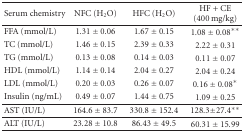
<table><thead><tr><td><b>Serum chemistry</b></td><td><b>NFC (H<sub>2</sub>O)</b></td><td><b>HFC (H<sub>2</sub>O)</b></td><td><b>HF + CE (400 mg/kg)</b></td></tr></thead><tbody><tr><td>FFA (mmol/L)</td><td>1.31 ± 0.06</td><td>1.67 ± 0.15</td><td>1.08 ± 0.08**</td></tr><tr><td>TC (mmol/L) </td><td>1.46 ± 0.15</td><td>2.39 ± 0.33</td><td>2.22 ± 0.31</td></tr><tr><td>TG (mmol/L)</td><td>0.13 ± 0.08</td><td>0.14 ± 0.03</td><td>0.11 ± 0.07</td></tr><tr><td>HDL (mmol/L)</td><td>1.14 ± 0.14</td><td>2.04 ± 0.27</td><td>2.04 ± 0.24</td></tr><tr><td>LDL (mmol/L)</td><td>0.20 ± 0.03</td><td>0.26 ± 0.07</td><td>0.16 ± 0.08*</td></tr><tr><td>Insulin (ng/mL)</td><td>0.49 ± 0.07</td><td>1.44 ± 0.75</td><td>1.09 ± 0.25</td></tr><tr><td>AST (IU/L)</td><td>164.6 ± 83.7</td><td>330.8 ± 152.4</td><td>128.3 ± 27.4**</td></tr><tr><td>ALT (IU/L)</td><td>23.28 ± 10.8</td><td>86.43 ± 49.5</td><td>60.31 ± 15.99</td></tr></tbody></table>